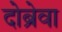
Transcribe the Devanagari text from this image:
दोब्रेवा